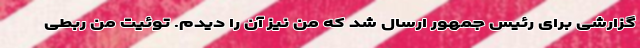
گزارشی برای رئیس جمهور ارسال شد که من نیز آن را دیدم. توئیت من ربطی